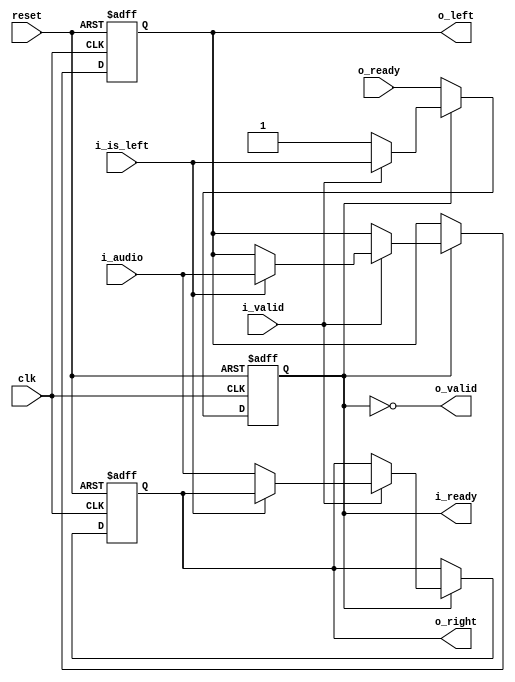
`default_nettype none


module stereo_audio_parallelizer #(parameter audio_width = 32)(
    input wire reset,
    input wire clk,
    input wire i_valid,
    output reg i_ready,
    input wire i_is_left,
    input wire [audio_width-1:0] i_audio,
    output wire o_valid,
    input wire o_ready,
    output reg [audio_width-1:0] o_left,
    output reg [audio_width-1:0] o_right);

    assign o_valid = !i_ready;

    always @(posedge clk or posedge reset) begin
        if (reset) begin
            i_ready <= 1'b1;
            o_left <= 0;
            o_right <= 0;
        end else begin
            if (i_ready) begin
                if (i_valid) begin
                    if (i_is_left)
                        o_left <= i_audio;
                    else
                        o_right <= i_audio;
                    i_ready <= i_is_left;
                end
            end else
                i_ready <= o_ready;
        end
    end
endmodule